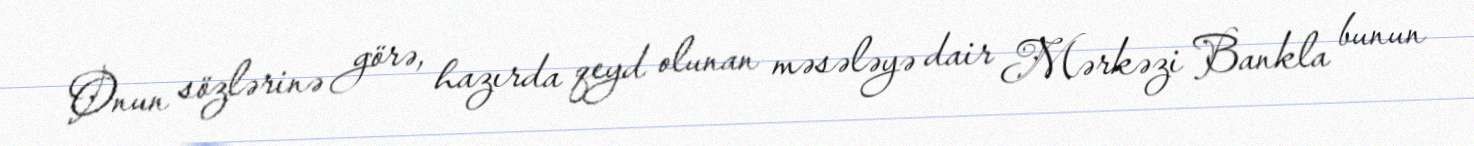
Onun sözlərinə görə, hazırda qeyd olunan məsələyə dair Mərkəzi Bankla bunun